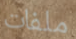
ملفات